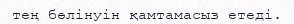
тең бөлінуін қамтамасыз етеді.